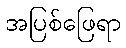
အပြစ်ဖြေရာ